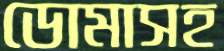
ডোমাসহ